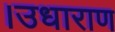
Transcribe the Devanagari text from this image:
।उधाराण